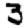
Digit: 3